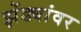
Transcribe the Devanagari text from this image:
झेंड्यांवर